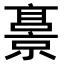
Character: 𫢁